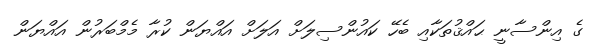
ގެ އިންސާނީ ޙައްޤުތަކާއި ބެހޭ ކައުންސިލަށް އަލަށް އައްޔަން ކުރާ މެމްބަރުން އައްޔަން